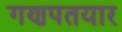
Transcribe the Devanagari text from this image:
गणपतयार